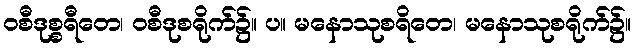
ဝစီဒုစ္စရီတေ၊ ဝစီဒုစရိုက်၌။ ပ။ မနောသုစရိတေ၊ မနောသုစရိုက်၌။